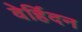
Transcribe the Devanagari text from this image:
वेर्हिदन